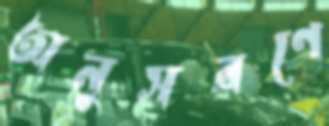
অনুসরণে